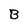
Character: B